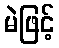
မဲဖြင့်